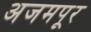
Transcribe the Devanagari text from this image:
अजमपूर